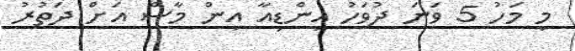
މި މަހު 5 ވަނަ ދުވަހު އިންޑިއާ އިން މާސް އަށް ދަތުރު